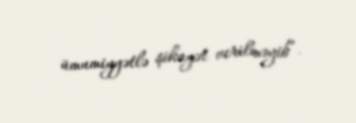
ümumiyyətlə şikayət verilməyib”.